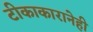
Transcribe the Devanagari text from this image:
टीकाकारानेही